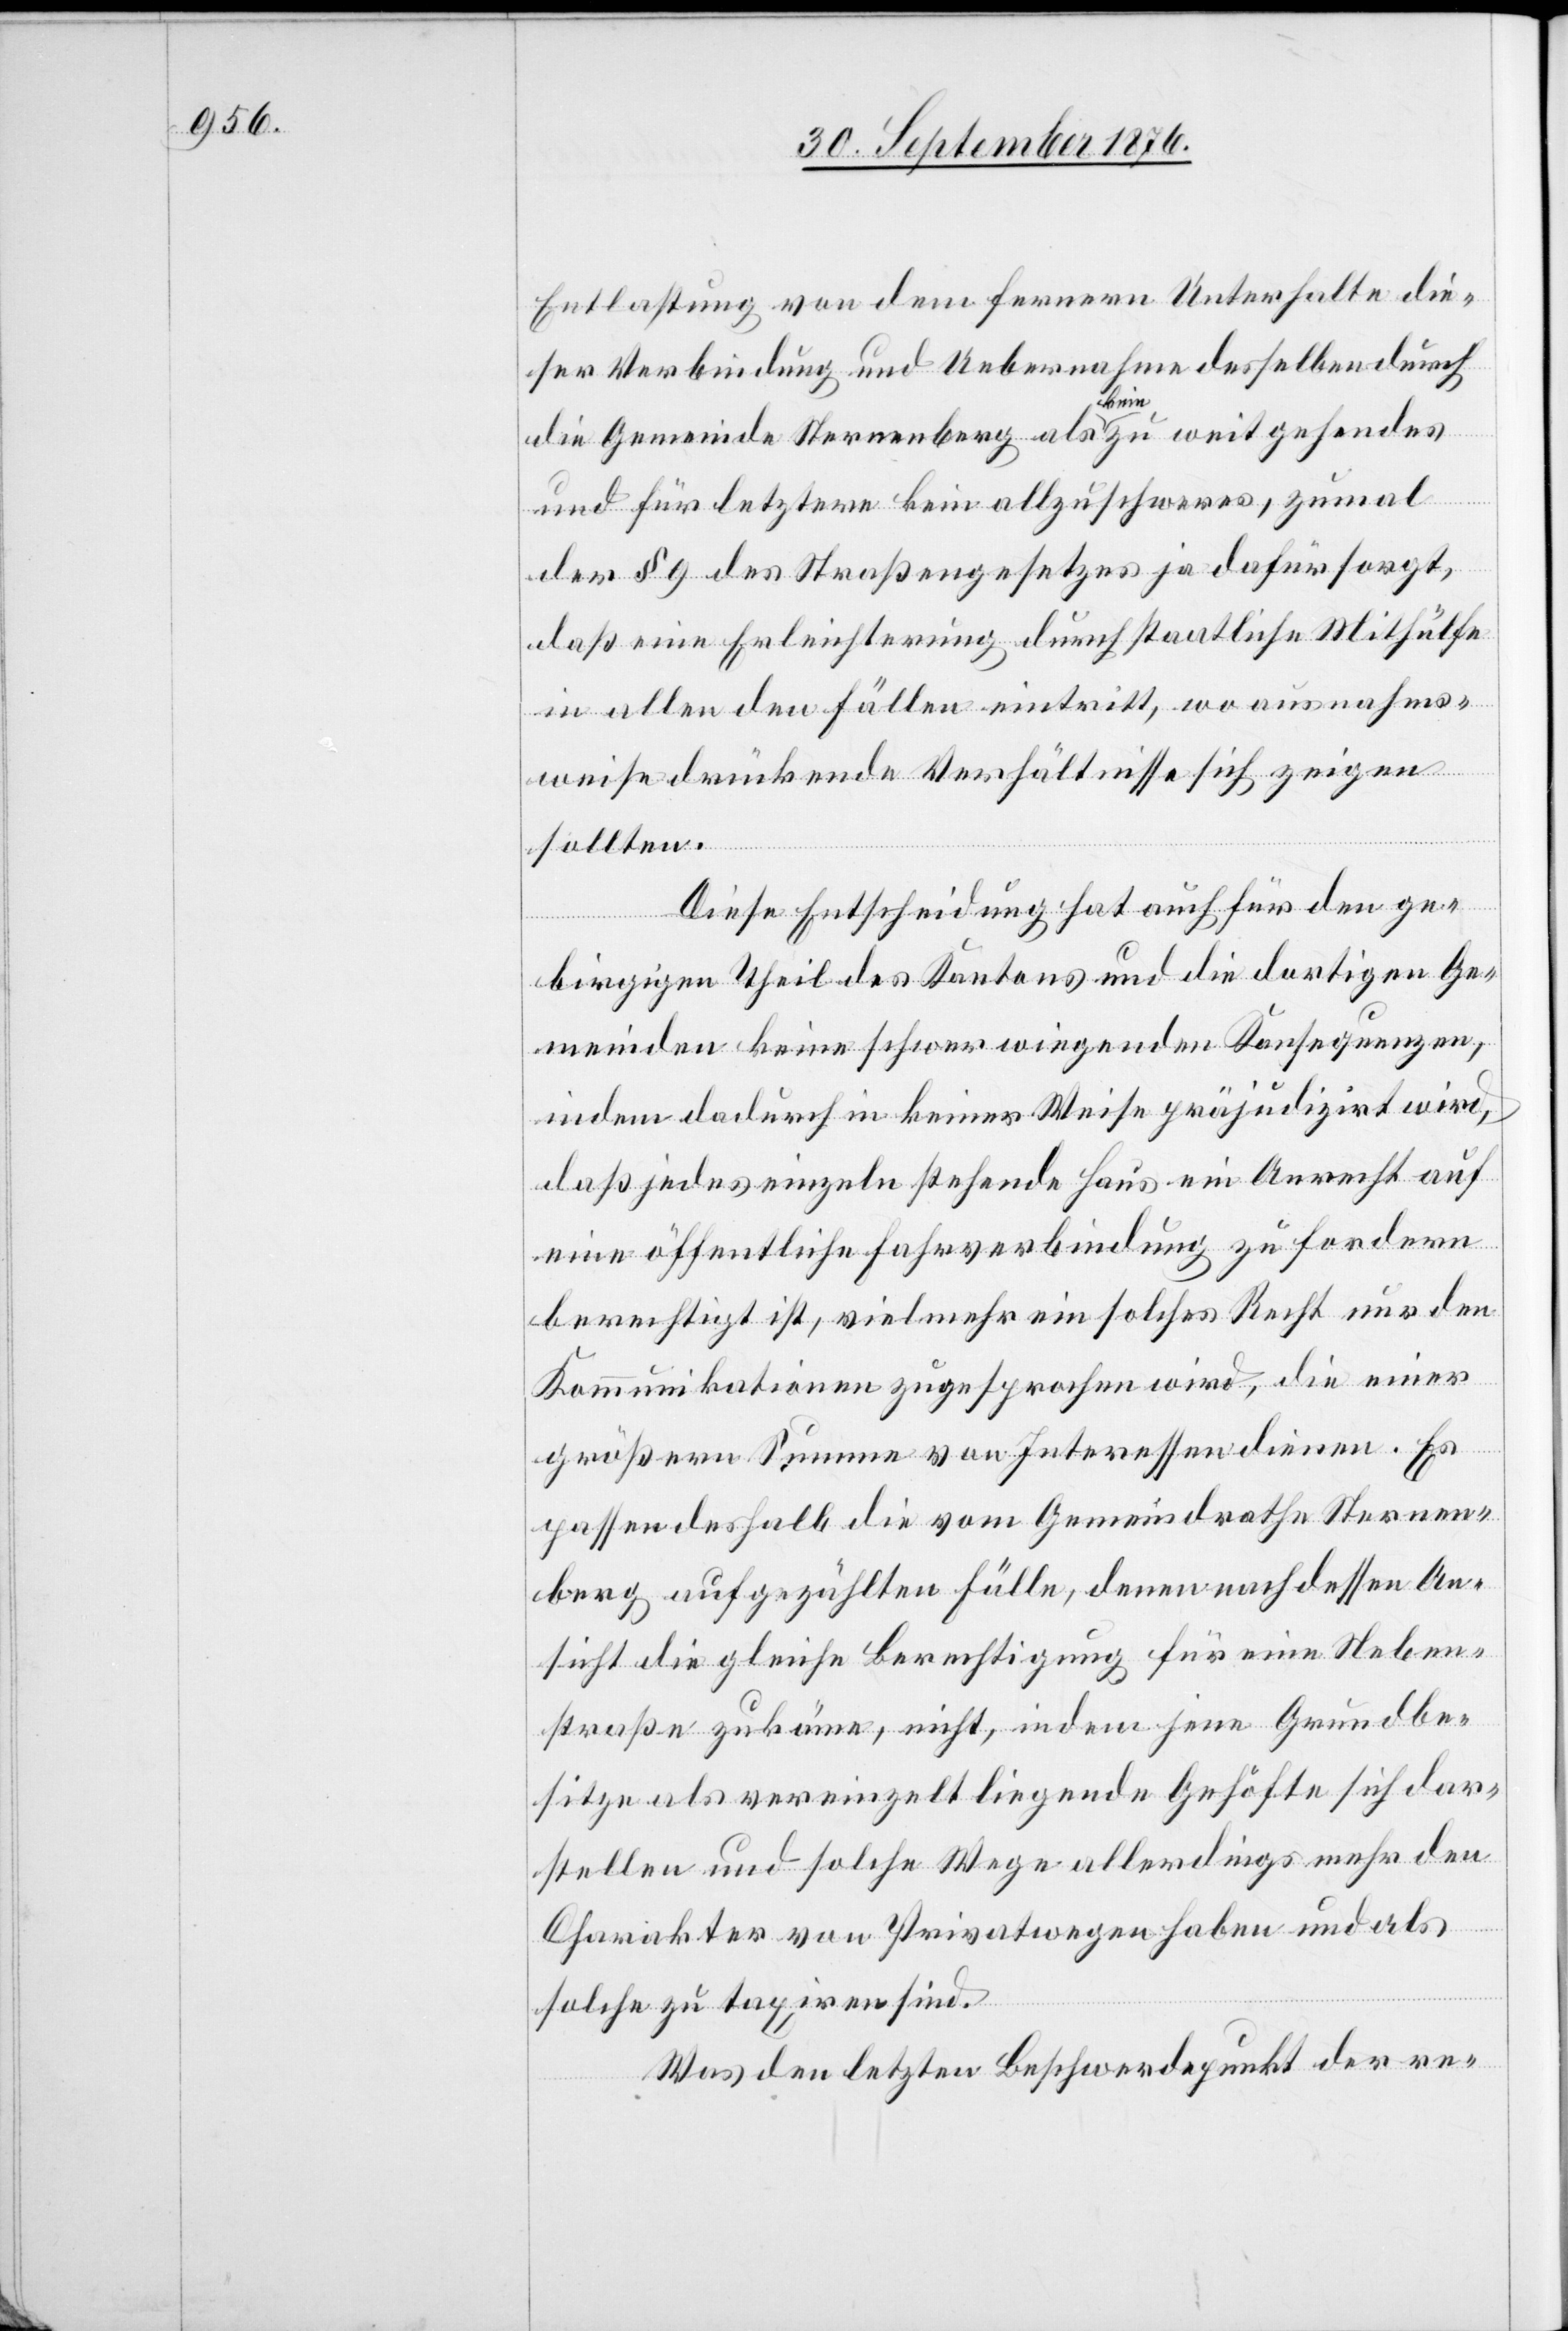
Entlastung von dem fernern Unterhalte die¬
ser Verbindung und Uebernahme desselben durch
die Gemeinde Sternenberg als a kein a zu weit gehendes
und für letztere kein allzu schweres, zumal
der § 9 des Straßengesetzes ja dafür sorgt,
daß eine Erleichterung durch staatliche Mithülfe
in allen den Fällen eintritt, wo ausnahms¬
weise drückende Verhältnisse sich zeigen
sollten.
Diese Entscheidung hat auch für den ge¬
birgigen Theil des Kantons und die dortigen Ge¬
meinden keine schwer wiegenden Konsequenzen,
indem dadurch in keiner Weise präjudizirt wird,
daß jedes einzelne stehende Haus ein Anrecht auf
eine öffentliche Fahrverbindung zu fordern
berechtigt ist, vielmehr ein solches Recht nur den
Kommunikationen zugesprochen wird, die einer
größern Summe von Interessen dienen. Es
passen deshalb die vom Gemeindrathe Sternen¬
berg aufgezählten Fälle, denen nach dessen An¬
sicht die gleiche Berechtigung für eine Neben¬
straße zukäme, nicht, indem jene Grundbe¬
sitze als vereinzelt liegende Gehöfte sich dar¬
stellen und solche Wege allerdings mehr den
Charakter von Privatwegen haben und als
solche zu taxiren sind.
Was den letzten Beschwerdepunkt der re-